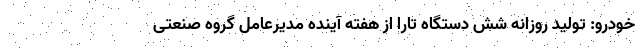
خودرو: تولید روزانه شش دستگاه تارا از هفته آینده مدیرعامل گروه صنعتی